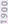
1900